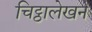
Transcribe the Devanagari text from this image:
चिट्ठालेखन